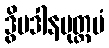
ဒွိပဒါနမုတ္တမံ